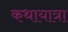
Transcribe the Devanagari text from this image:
कथायात्रा